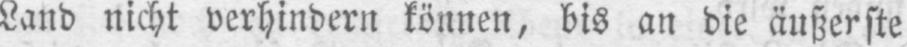
Land nicht verhindern können, bis an die äußerste